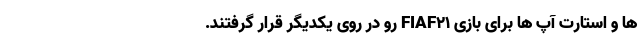
ها و استارت آپ ها برای بازی FIAF21 رو در روی یکدیگر قرار گرفتند.